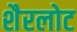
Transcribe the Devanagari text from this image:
शैरलोट